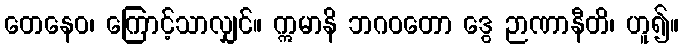
တေနေဝ၊ ကြောင့်သာလျှင်။ ဣမာနိ ဘဂဝတော ဒွေ ဉာဏာနီတိ၊ ဟူ၍။